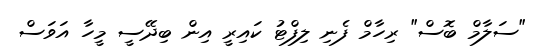
"ސަލާމް ބޮސް" ރިހާމް ފެނި ލިފްޓު ކައިރީ އިން ބިދޭސީ މީހާ އަވަސް